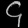
Digit: ၄